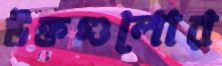
উক্তগুলোর